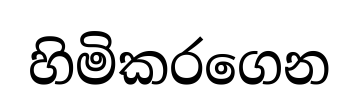
හිමිකරගෙන